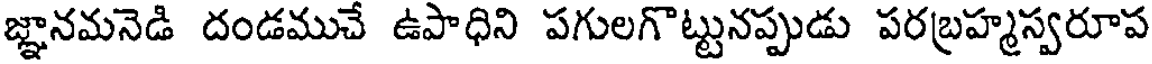
జ్ఞానమనెడి దండముచే ఉపాధిని పగులగొట్టునప్పుడు పరబ్రహ్మస్వరూప